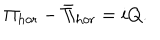
\Pi _ { \mathrm { h o r } } - \bar { \Pi } _ { \mathrm { h o r } } = i Q .